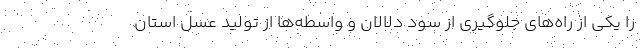
را یکی از راه‌های جلوگیری از سود دلالان و واسطه‌ها از تولید عسل استان